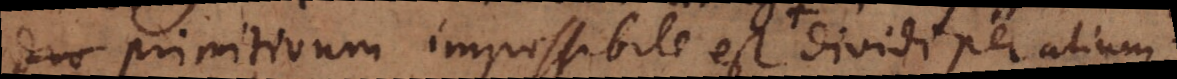
duo primitivum impossibile est actu dividi per alium;